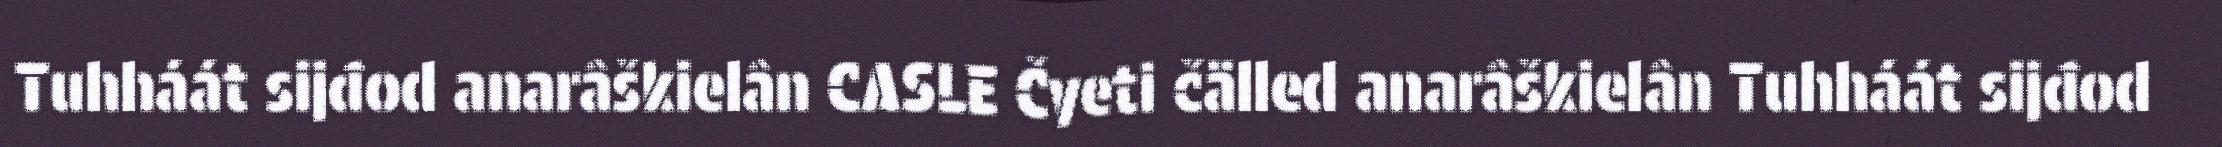
Tuhháát sijđod anarâškielân CASLE Čyeti čälled anarâškielân Tuhháát sijđod